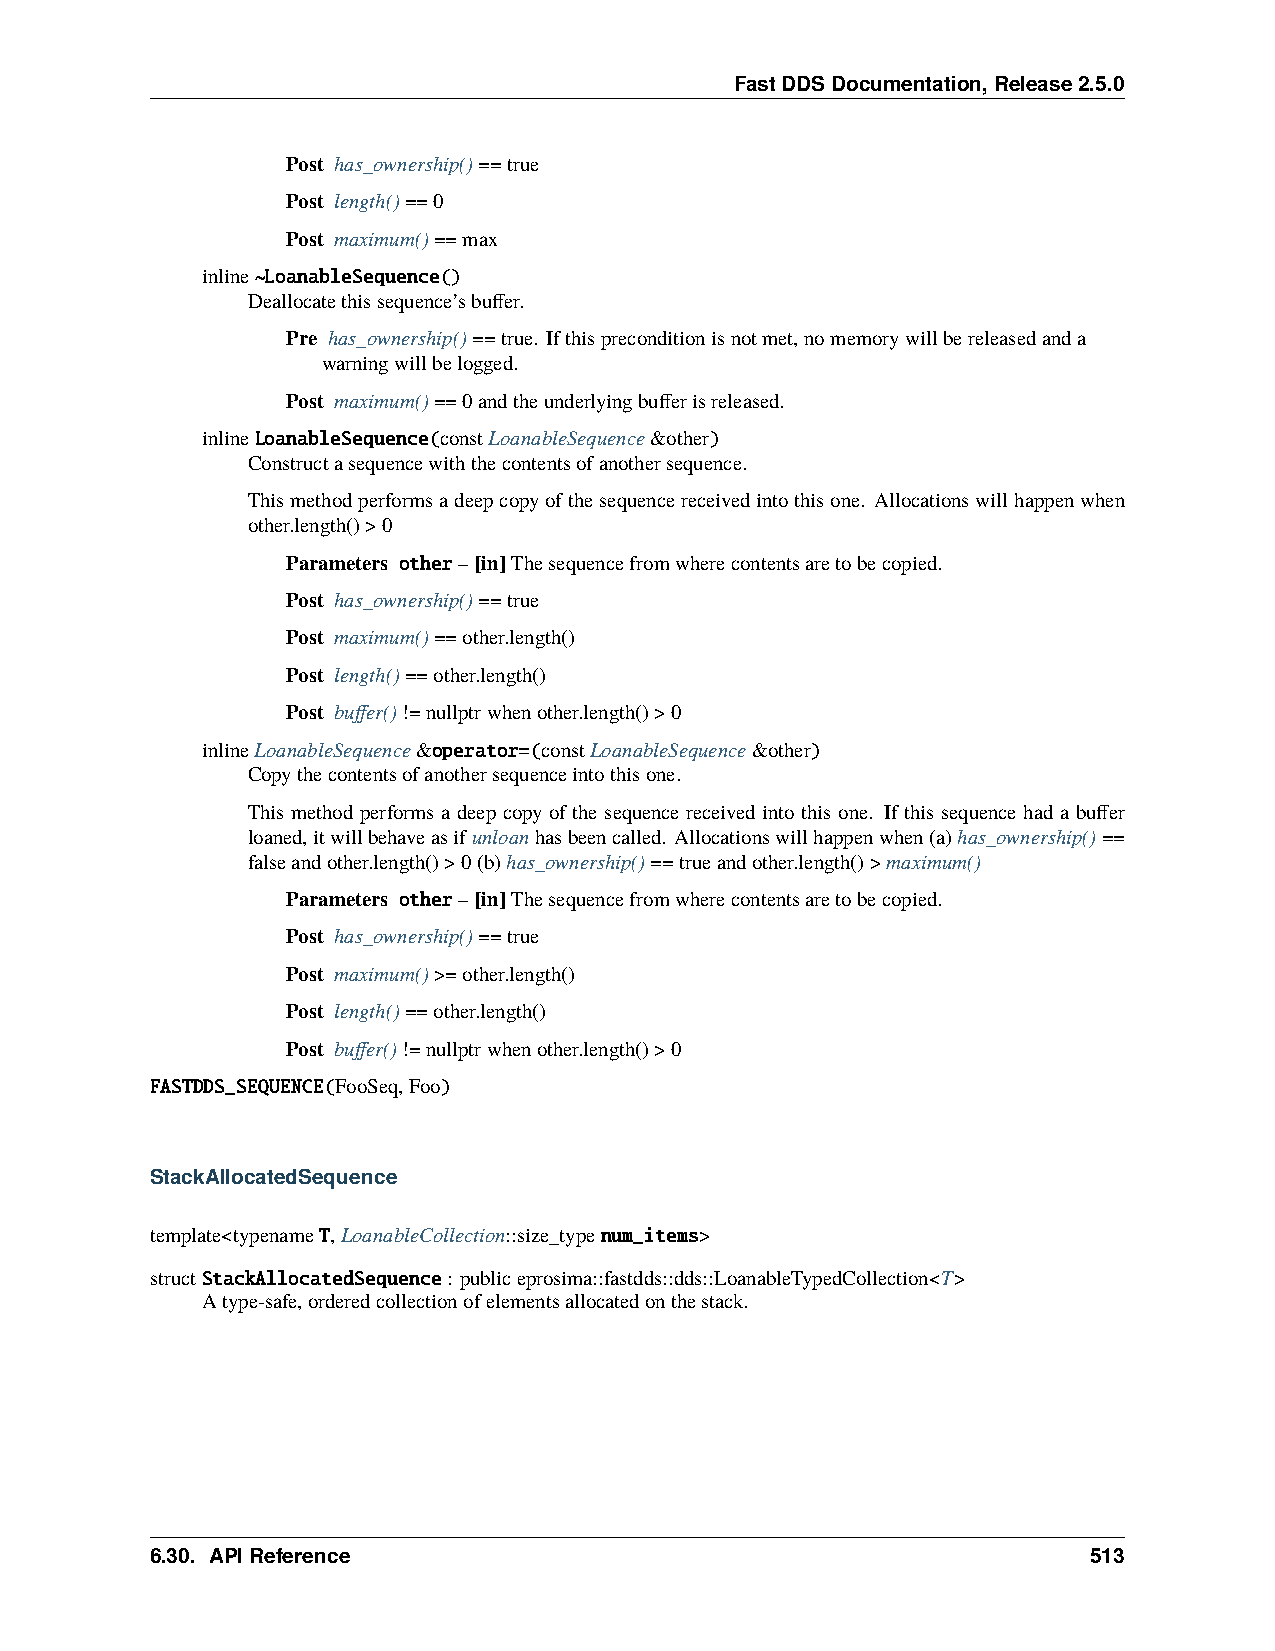
FastDDSDocumentation,Release2.5.0
 Post has_ownership()==true
 Post length()==0
 Post maximum()==max
 inline~LoanableSequence()
 Deallocatethissequence’sbuffer.
 Pre has_ownership()==true. Ifthispreconditionisnotmet,nomemorywillbereleasedanda
 warningwillbelogged.
 Post maximum()==0andtheunderlyingbufferisreleased.
 inlineLoanableSequence(constLoanableSequence&other)
 Constructasequencewiththecontentsofanothersequence.
 Thismethodperformsadeepcopyofthesequencereceivedintothisone. Allocationswillhappenwhen
 other.length()>0
 Parameters other–[in]Thesequencefromwherecontentsaretobecopied.
 Post has_ownership()==true
 Post maximum()==other.length()
 Post length()==other.length()
 Post buffer()!=nullptrwhenother.length()>0
 inlineLoanableSequence&operator=(constLoanableSequence&other)
 Copythecontentsofanothersequenceintothisone.
 This method performs a deep copy of the sequence received into this one. If this sequence had a buffer
 loaned,itwillbehaveasifunloanhasbeencalled. Allocationswillhappenwhen(a)has_ownership()==
 falseandother.length()>0(b)has_ownership()==trueandother.length()>maximum()
 Parameters other–[in]Thesequencefromwherecontentsaretobecopied.
 Post has_ownership()==true
 Post maximum()>=other.length()
 Post length()==other.length()
 Post buffer()!=nullptrwhenother.length()>0
 FASTDDS_SEQUENCE(FooSeq,Foo)
 StackAllocatedSequence
 template<typenameT,LoanableCollection::size_typenum_items>
 structStackAllocatedSequence: publiceprosima::fastdds::dds::LoanableTypedCollection<T>
 Atype-safe,orderedcollectionofelementsallocatedonthestack.
 6.30. APIReference                                            513